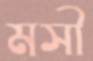
মসী